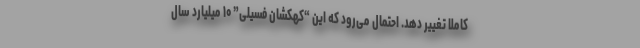
کاملا تغییر دهد. احتمال می‌رود که این “کهکشان فسیلی” ۱۰ میلیارد سال